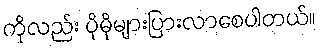
ကိုလည်း ပိုမိုများပြားလာစေပါတယ်။